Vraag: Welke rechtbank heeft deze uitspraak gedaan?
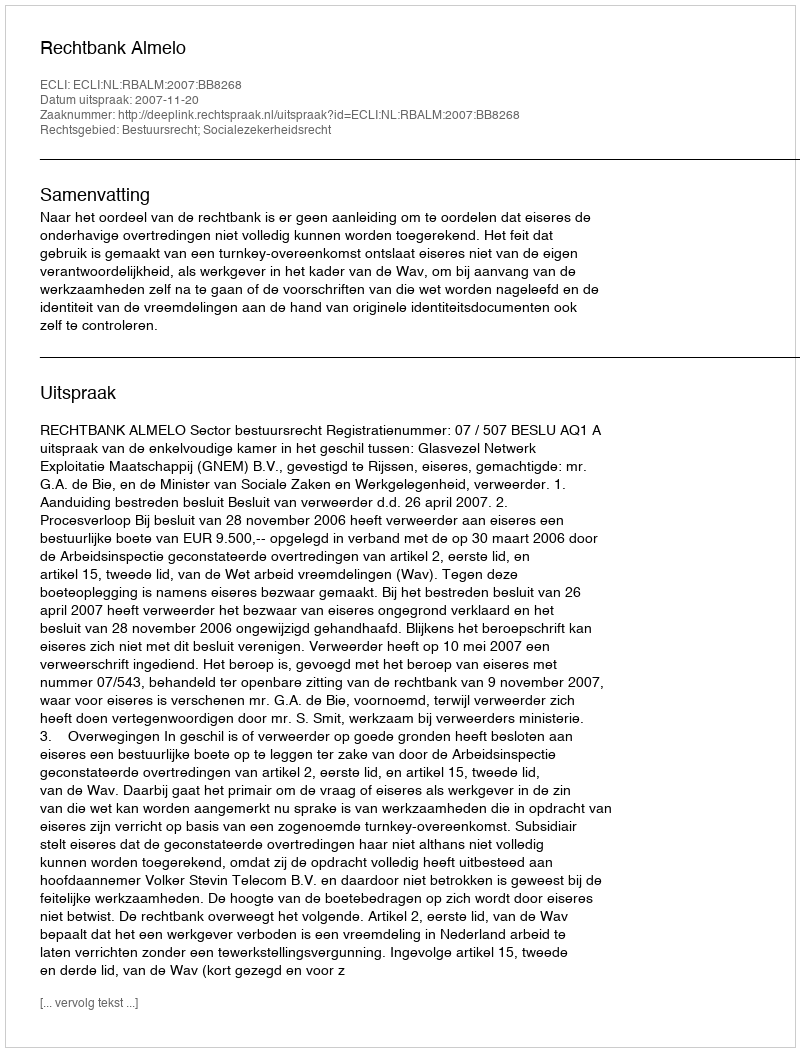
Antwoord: Rechtbank Almelo